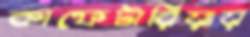
কাফেটারিয়ায়